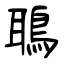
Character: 鵈